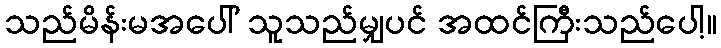
သည်မိန်းမအပေါ် သူသည်မျှပင် အထင်ကြီးသည်ပေါ့။